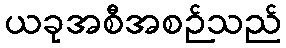
ယခုအစီအစဉ်သည်